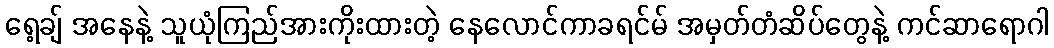
ရေ့ချ် အနေနဲ့ သူယုံကြည်အားကိုးထားတဲ့ နေလောင်ကာခရင်မ် အမှတ်တံဆိပ်တွေနဲ့ ကင်ဆာရောဂါ